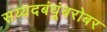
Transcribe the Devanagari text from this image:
सय्यदबंधूंबरोबर